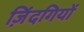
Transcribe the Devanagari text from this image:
ज़िंदगियों